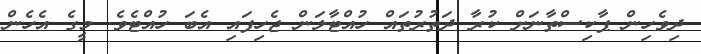
ދިވެހިން ޕާކިސްތާނަށް ކުރާ ދަތުރުތައް ހުއްޓާލަން ޖެހިފައި އެބަ ހުއްޓެވެ. މީގެ އެހެން